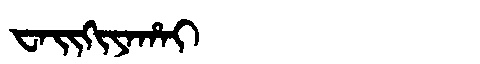
Manchu: ᠸᠠᡳᡴᡳᠶᠠᡥᠠᡳ
Romanization: WAIKIYAHAI